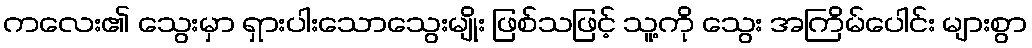
ကလေး၏ သွေးမှာ ရှားပါးသောသွေးမျိုး ဖြစ်သဖြင့် သူ့ကို သွေး အကြိမ်ပေါင်း များစွာ